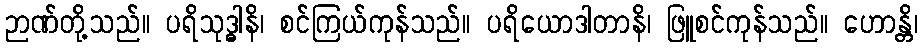
ဉာဏ်တို့သည်။ ပရိသုဒ္ဓါနိ၊ စင်ကြယ်ကုန်သည်။ ပရိယောဒါတာနိ၊ ဖြူစင်ကုန်သည်။ ဟောန္တိ၊